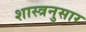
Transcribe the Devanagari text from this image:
शास्त्रनुसार